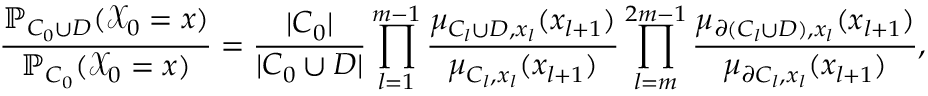
\frac { \mathbb { P } _ { C _ { 0 } \cup D } ( \mathcal X _ { 0 } = x ) } { \mathbb { P } _ { C _ { 0 } } ( \mathcal X _ { 0 } = x ) } = \frac { | C _ { 0 } | } { | C _ { 0 } \cup D | } \prod _ { l = 1 } ^ { m - 1 } \frac { \mu _ { C _ { l } \cup D , x _ { l } } ( x _ { l + 1 } ) } { \mu _ { C _ { l } , x _ { l } } ( x _ { l + 1 } ) } \prod _ { l = m } ^ { 2 m - 1 } \frac { \mu _ { \partial ( C _ { l } \cup D ) , x _ { l } } ( x _ { l + 1 } ) } { \mu _ { \partial C _ { l } , x _ { l } } ( x _ { l + 1 } ) } ,